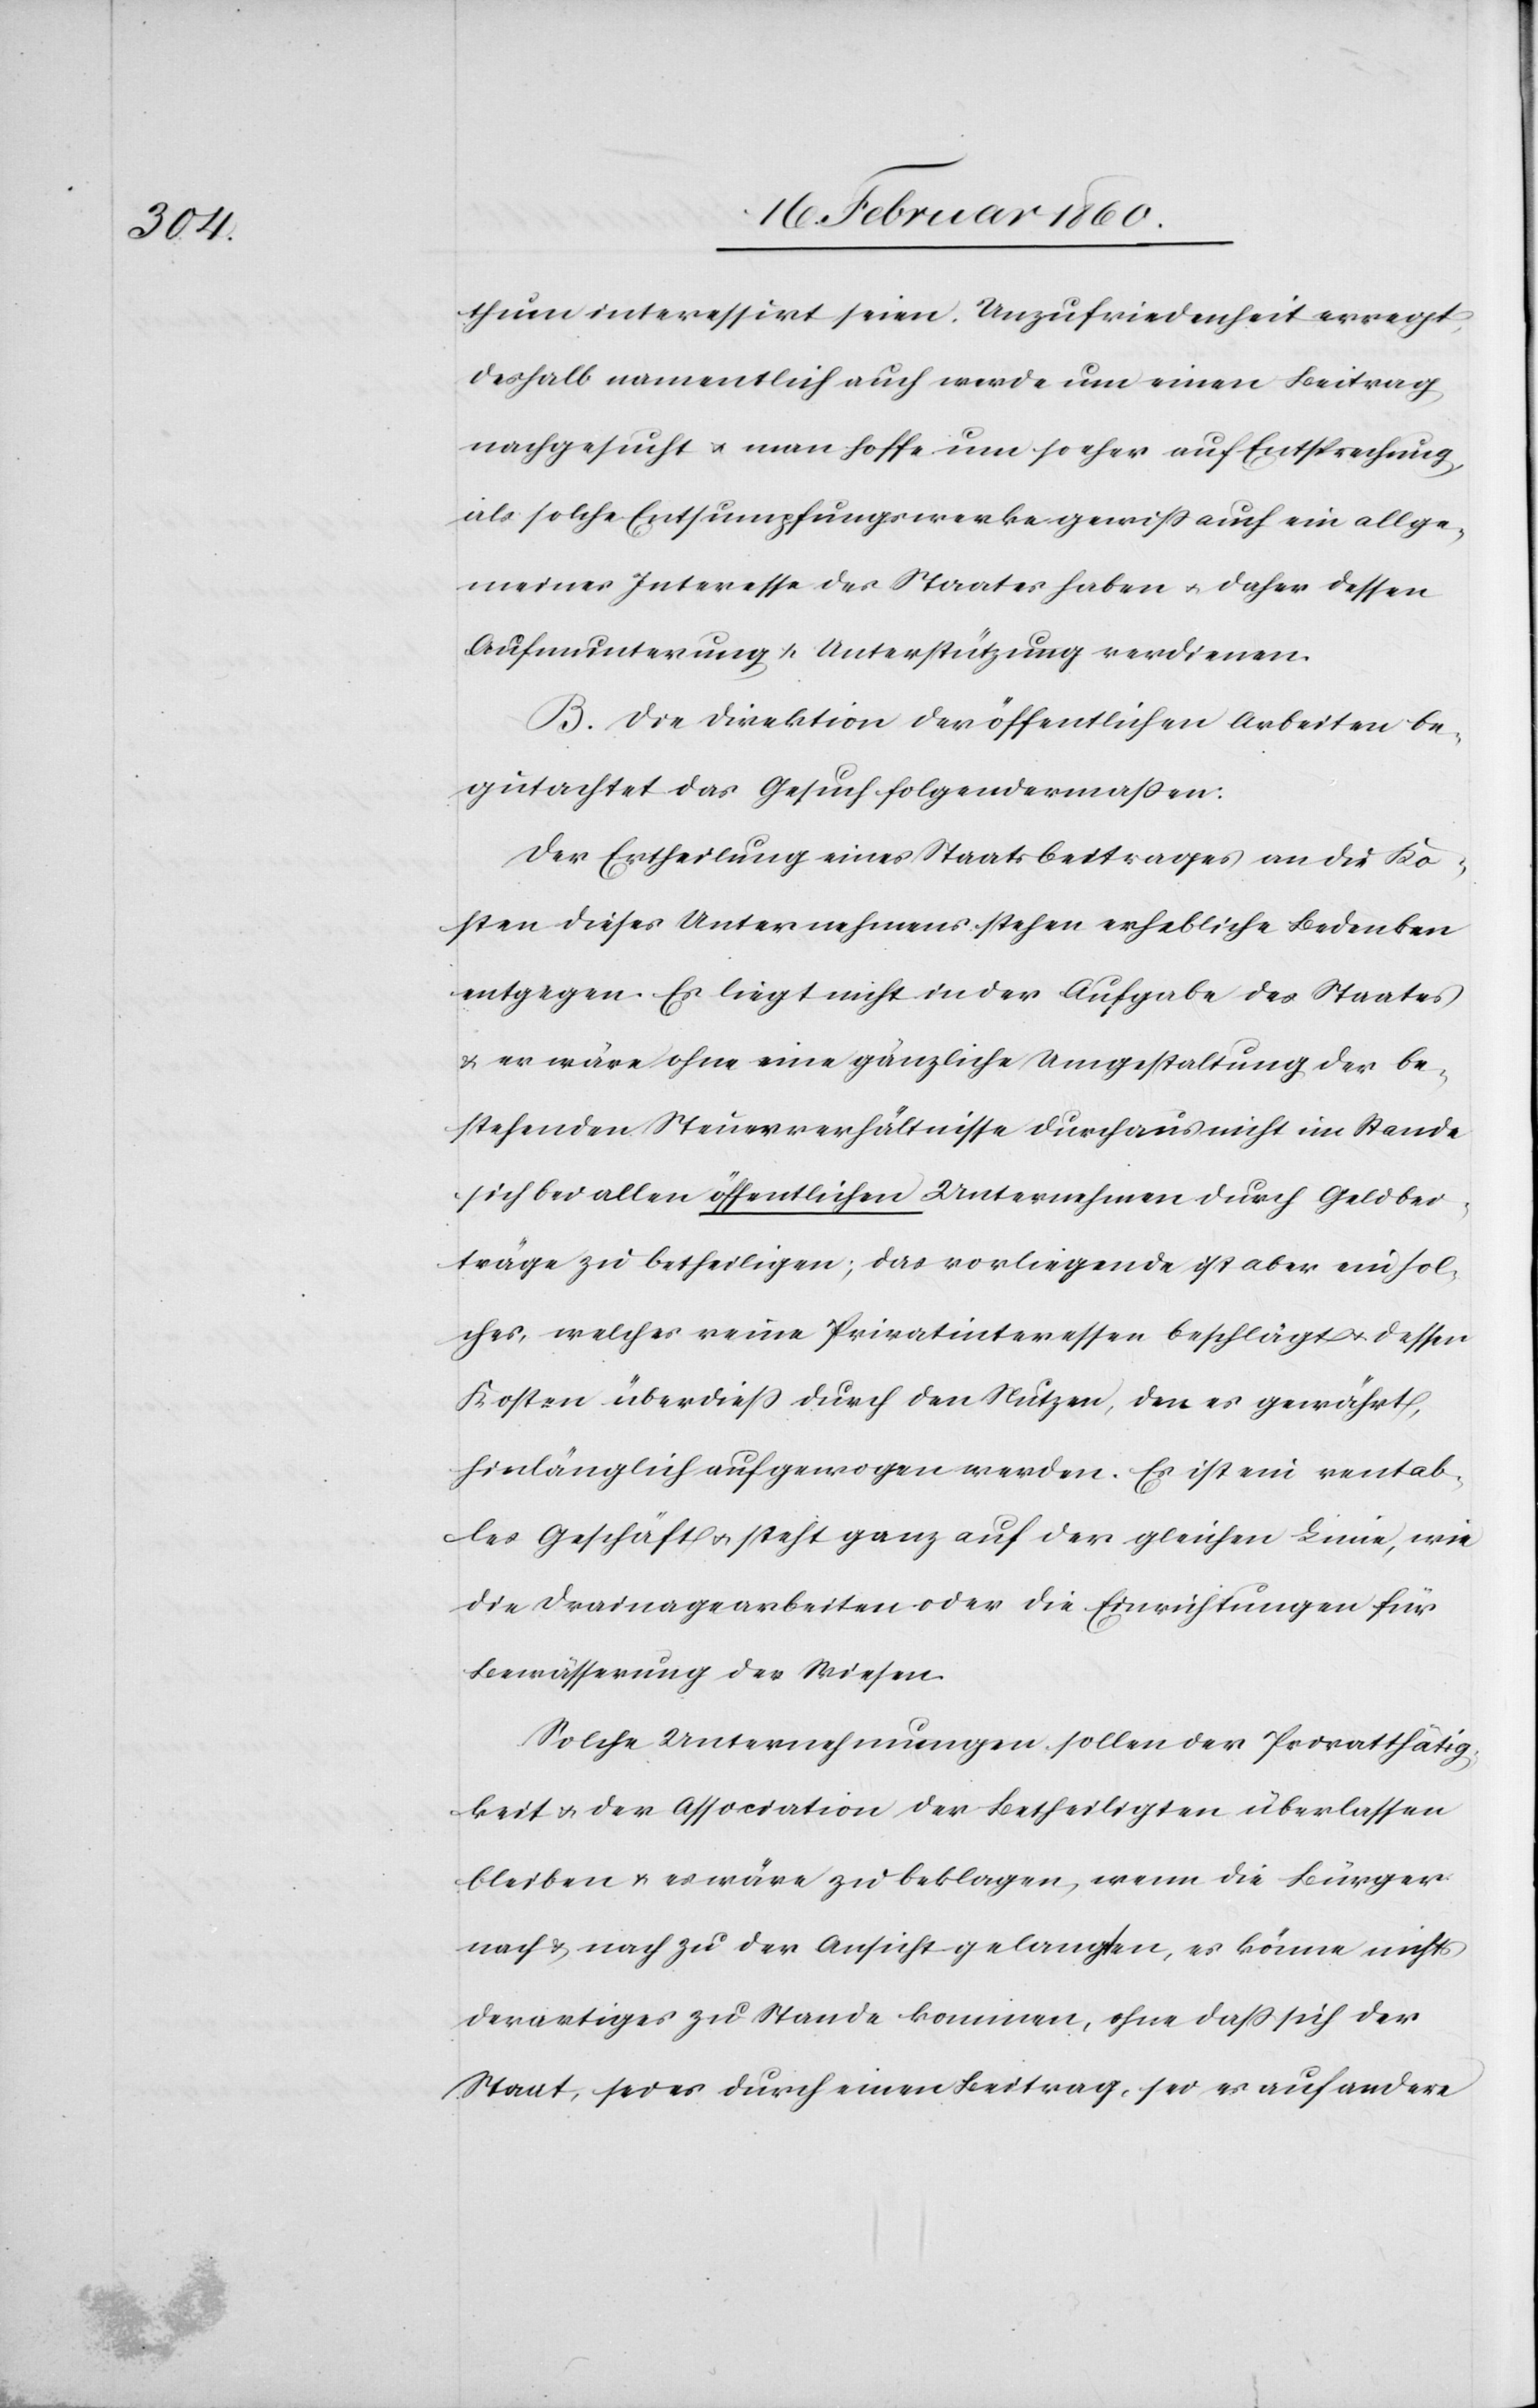
thum interessirt seien Unzufriedenheit erregt,
deshalb namentlich auch werde um einen Beitrag
nachgesucht u. man hoffe um so eher auf Entsprechung,
als solche Entsumpfungswerke gewiss auch ein allge¬
meines Interesse des Staates haben u. daher dessen
Aufmunterung u. Unterstützung verdienen.
B. Die Direktion der öffentlichen Arbeiten be¬
gutachtet das Gesuch folgendermaßen:
Der Ertheilung eines Staatsbeitrages an die Ko¬
sten dieses Unternehmens stehen erhebliche Bedenken
entgegen. Er liegt nicht in der Aufgabe des Staates
u. er wäre ohne eine gänzliche Umgestaltung der be¬
stehenden Steuerverhältnisse durchaus nicht im Stande
sich bei allen öffentlichen Unternehmen durch Geldbei¬
träge zu betheiligen; das vorliegende ist aber ein sol¬
ches, welches reine Privatinteressen beschlägt u. dessen
Kosten überdiess durch den Nutzen, den es gewährt,
hinlänglich aufgewogen werden. Es ist ein rentab¬
les Geschäft u. steht ganz auf der gleichen Linie, wie
die Drainagearbeiten oder die Einrichtungen für
Bewässerung der Wiesen.
Solche Unternehmungen sollen der Privatthätig¬
keit u. der Association der Betheiligten überlassen
bleiben u. es wäre zu beklagen, wenn die Bürger
nach u. nach zu der Ansicht gelangten, es könne nichts
derartiges zu Stande kommen, ohne dass sich der
Staat, sei es durch einen Beitrag, sei es auf andere